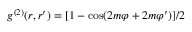
g ^ { ( 2 ) } ( \boldsymbol { r } , \boldsymbol { r } ^ { \prime } ) = [ 1 - \cos ( 2 m \varphi + 2 m \varphi ^ { \prime } ) ] / 2